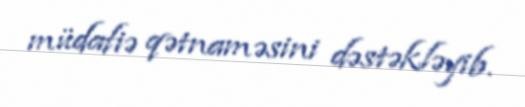
müdafiə qətnaməsini dəstəkləyib.